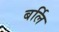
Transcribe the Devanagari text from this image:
बर्लि